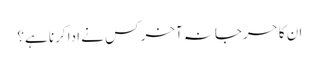
ان کا حرجانہ آخر کس نے ادا کرنا ہے؟